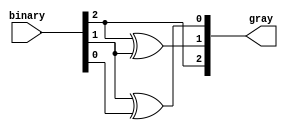
module gray_code_encoder (
    input [2:0] binary,  // 3-bit binary input
    output [2:0] gray    // 3-bit Gray code output
);

// Gray code conversion equations
assign gray[2] = binary[2];         // G2 = B2
assign gray[1] = binary[2] ^ binary[1]; // G1 = B2 XOR B1
assign gray[0] = binary[1] ^ binary[0]; // G0 = B1 XOR B0

endmodule